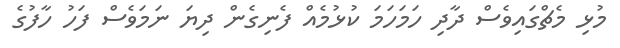
މުޅި މެޗްގައިވެސް ދާދި ހަމަހަމަ ކުޅުމެއް ފެނިގެން ދިޔަ ނަމަވެސް ފަހު ހާފުގެ